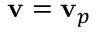
{ \mathbf { v } } = { \mathbf { v } } _ { p }